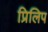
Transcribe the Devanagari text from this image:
प्रिलिप